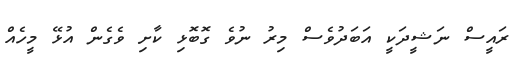
ރައީސް ނަޝީދަކީ އަބަދުވެސް މިރު ނުވެ ގޮބޮޅި ކާށި ވެގެން އުޅޭ މީހެއް